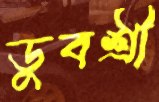
ডুবশ্রী